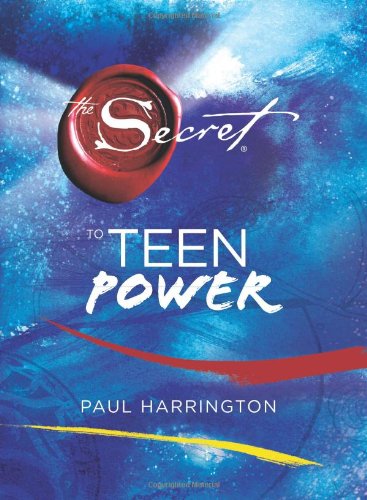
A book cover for The Secret to Teen Power; Paul Harrington; Teen & Young Adult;